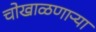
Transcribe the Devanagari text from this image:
चोखाळणाऱ्या